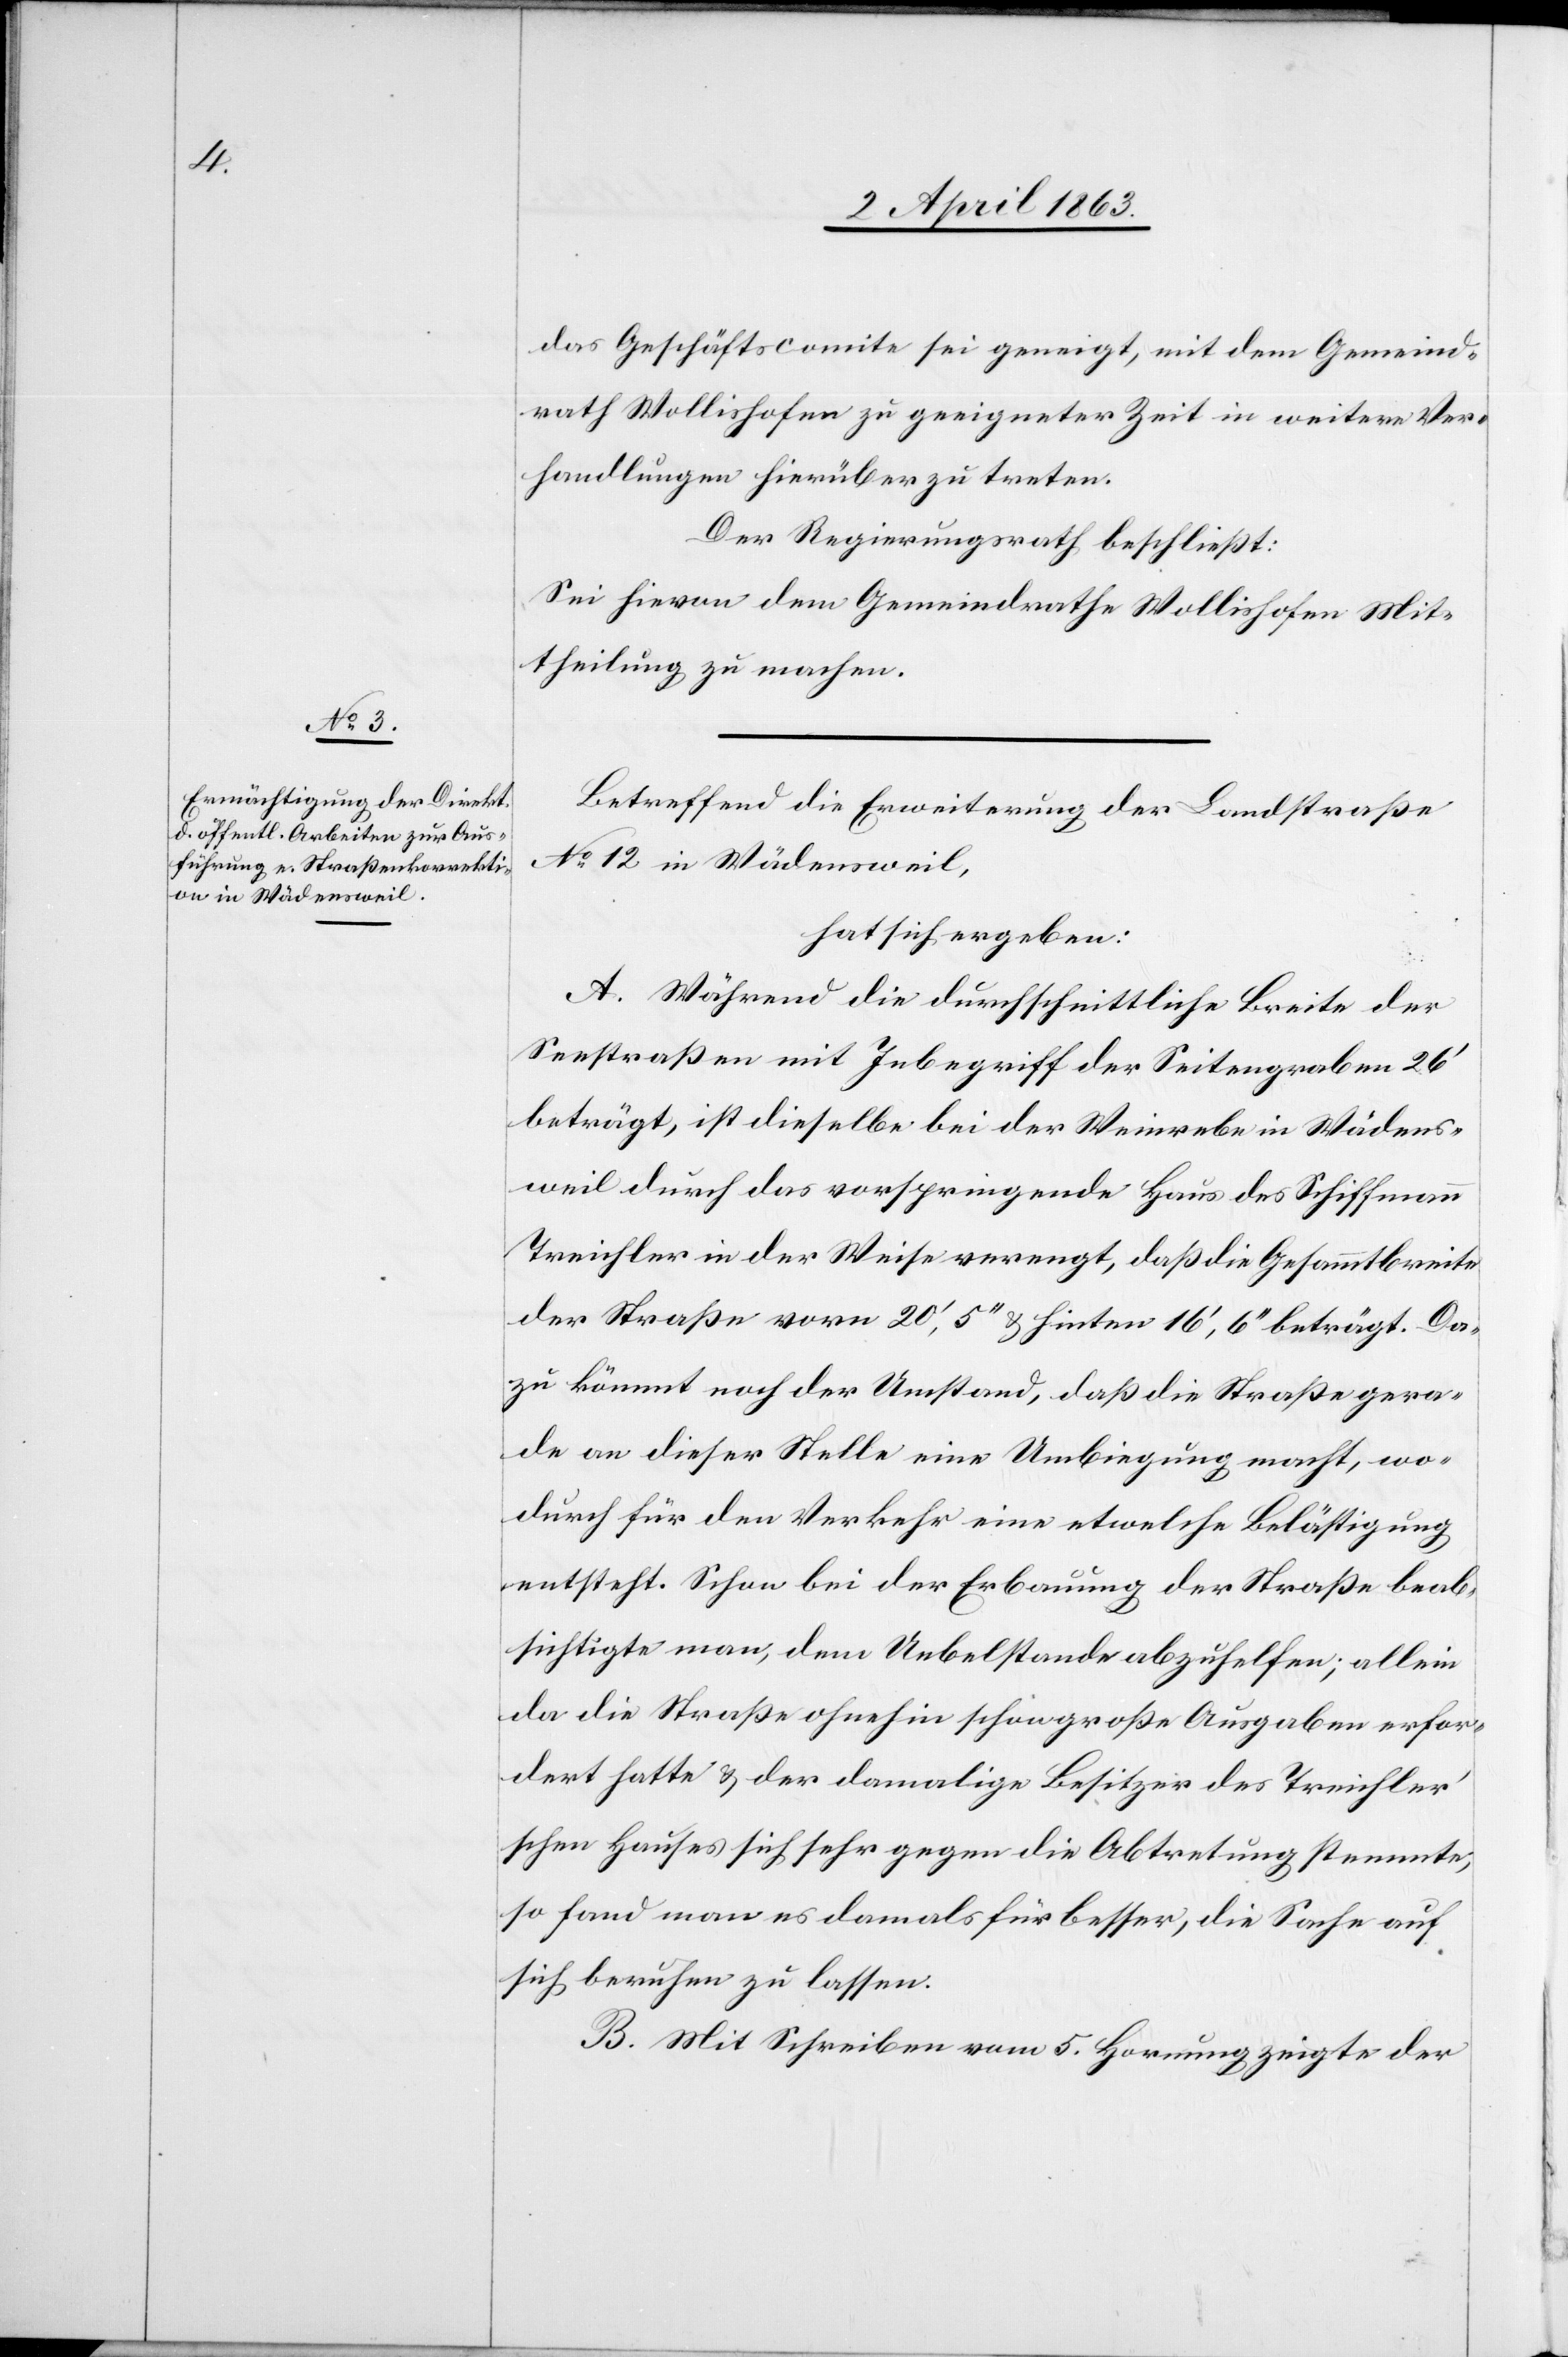
das Geschäftscomite sei geneigt, mit dem Gemeind¬
rath Wollishofen zu geeigneter Zeit in weitere Ver¬
handlungen hierüber zu treten.
Der Regierungsrath beschließt:
Sei hievon dem Gemeindrathe Wollishofen Mit¬
theilung zu machen.
Betreffend die Erweiterung der Landstraße
No 12 in Wädensweil,
hat sich ergeben:
A. Während die durchschnittliche Breite der
Seestraßen mit Inbegriff der Seitengraben 26'
beträgt, ist dieselbe bei der Weinrebe in Wädens¬
weil durch das vorspringende Haus des Schiffmann
Treichler in der Weise verengt, daß die Gesammtbreite
der Straße vorn 20', 5'' & hinten 16', 6'' beträgt. Da¬
zu kömmt noch der Umstand, daß die Straße gera¬
de an dieser Stelle eine Umbiegung macht, wo¬
durch für den Verkehr eine etwelche Belästigung
entsteht. Schon bei der Erbauung der Straße beab¬
sichtigte man, dem Uebelstande abzuhelfen; allein
da die Straße ohnehin schon große Ausgaben erfor¬
dert hatte & der damalige Besitzer des Treichle¬
r'schen Hauses sich sehr gegen die Abtretung stemmte,
so fand man es damals für besser, die Sache auf
sich beruhen zu lassen.
B. Mit Schreiben vom 5. Hornung zeigte der